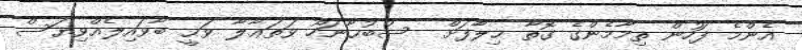
އެންމެ ފަހުން ތިމާމެންގެ ގޮތާ ޚިލާފަށް  ސުބުޙާނަހޫ ވަތަޢާލާ ވަޙީ ބާވައިލެއްވިޔަސް